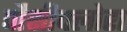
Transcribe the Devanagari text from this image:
पौसीफ्लोरा